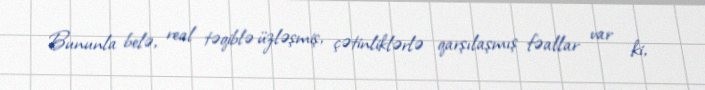
Bununla belə, real təqiblə üzləşmiş, çətinliklərlə qarşılaşmış fəallar var ki,